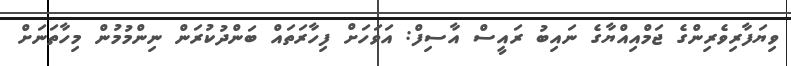
ވިޔަފާރިވެރިންގެ ޖަމްއިއްޔާގެ ނައިބު ރައީސް އާސިފް: އަވަހަށް ފިހާރަތައް ބަންދުކުރަން ނިންމުމުން މިހާތަނަށް